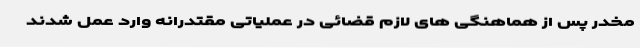
مخدر پس از هماهنگی های لازم قضائی در عملیاتی مقتدرانه وارد عمل شدند